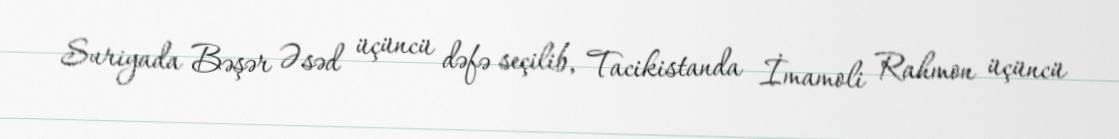
Suriyada Bəşər Əsəd üçüncü dəfə seçilib, Tacikistanda İmamoli Rahmon üçüncü